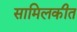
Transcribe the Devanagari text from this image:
सामिलकीत